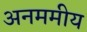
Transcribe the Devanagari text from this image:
अनममीय